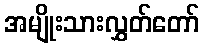
အမျိုးသားလွှတ်တော်